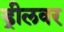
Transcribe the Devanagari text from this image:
ड्रीलवर